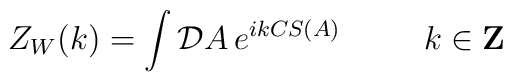
Z_W(k)=\int{\cal D\/}A\,e^{ikCS(A)}\;\;\;\;\;\;\;\;\;k\in{\bf Z}